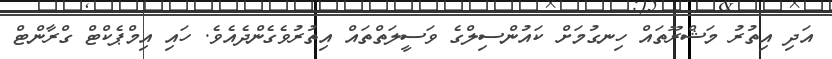
އަދި އިތުރު މަޝްރޫތައް ހިނގުމަށް ކައުންސިލްގެ ވަސީލަތްތައް އިތުރުވެގެންދެއެވެ. ހައި އިމްޕެކްޓް ގްރާންޓް